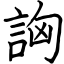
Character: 詾